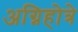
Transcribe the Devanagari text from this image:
अग्निहोत्रे